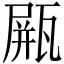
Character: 𤭸